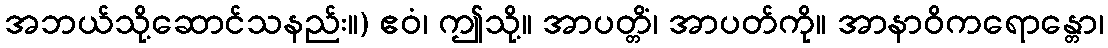
အဘယ်သို့ဆောင်သနည်း။) ဧဝံ၊ ဤသို့။ အာပတ္တိံ၊ အာပတ်ကို။ အာနာဝိကရောန္တော၊